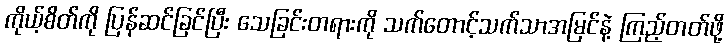
ကိုယ့်စိတ်ကို ပြန်ဆင်ခြင်ပြီး သေခြင်းတရားကို သက်တောင့်သက်သာအမြင်နဲ့ ကြည့်တတ်ဖို့